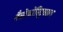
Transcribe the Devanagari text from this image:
वैसोकोंस्ट्रिक्शन